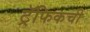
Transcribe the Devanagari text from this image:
ट्रॅफिकची